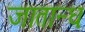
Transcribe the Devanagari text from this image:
जातान्धः